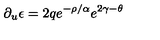
\partial _ { u } \epsilon = 2 q e ^ { - \rho / \alpha } e ^ { 2 \gamma - \theta }